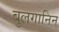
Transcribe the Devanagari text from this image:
बुलगानिन